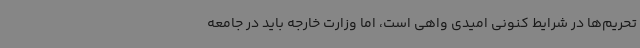
تحریم‌ها در شرایط کنونی امیدی واهی است، اما وزارت خارجه باید در جامعه